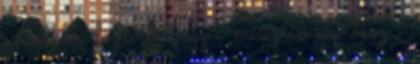
szenvedni fog. - Vagy a mi ízlésünk rossz –